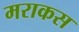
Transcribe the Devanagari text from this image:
मराकस